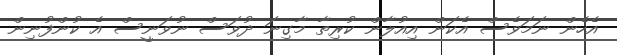
އެހެން ނަމަވެސް އެކަން އިއުލާން ކުރިތާ މާގިނަ ދުވަސް ނުވަނީސް އެ ކުންފުނިން